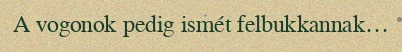
A vogonok pedig ismét felbukkannak…